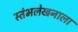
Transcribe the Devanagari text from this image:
स्तंभलेखनाला